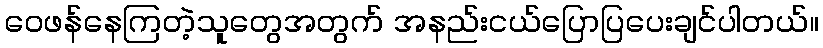
ဝေဖန်နေကြတဲ့သူတွေအတွက် အနည်းငယ်ပြောပြပေးချင်ပါတယ်။